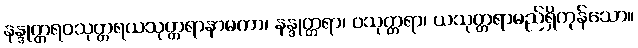
နန္ဒုတ္တရဝသုတ္တရယသုတ္တရာနာမကာ၊ နန္ဒုတ္တရာ၊ ဝသုတ္တရာ၊ ယသုတ္တရာမည်ရှိကုန်သော။